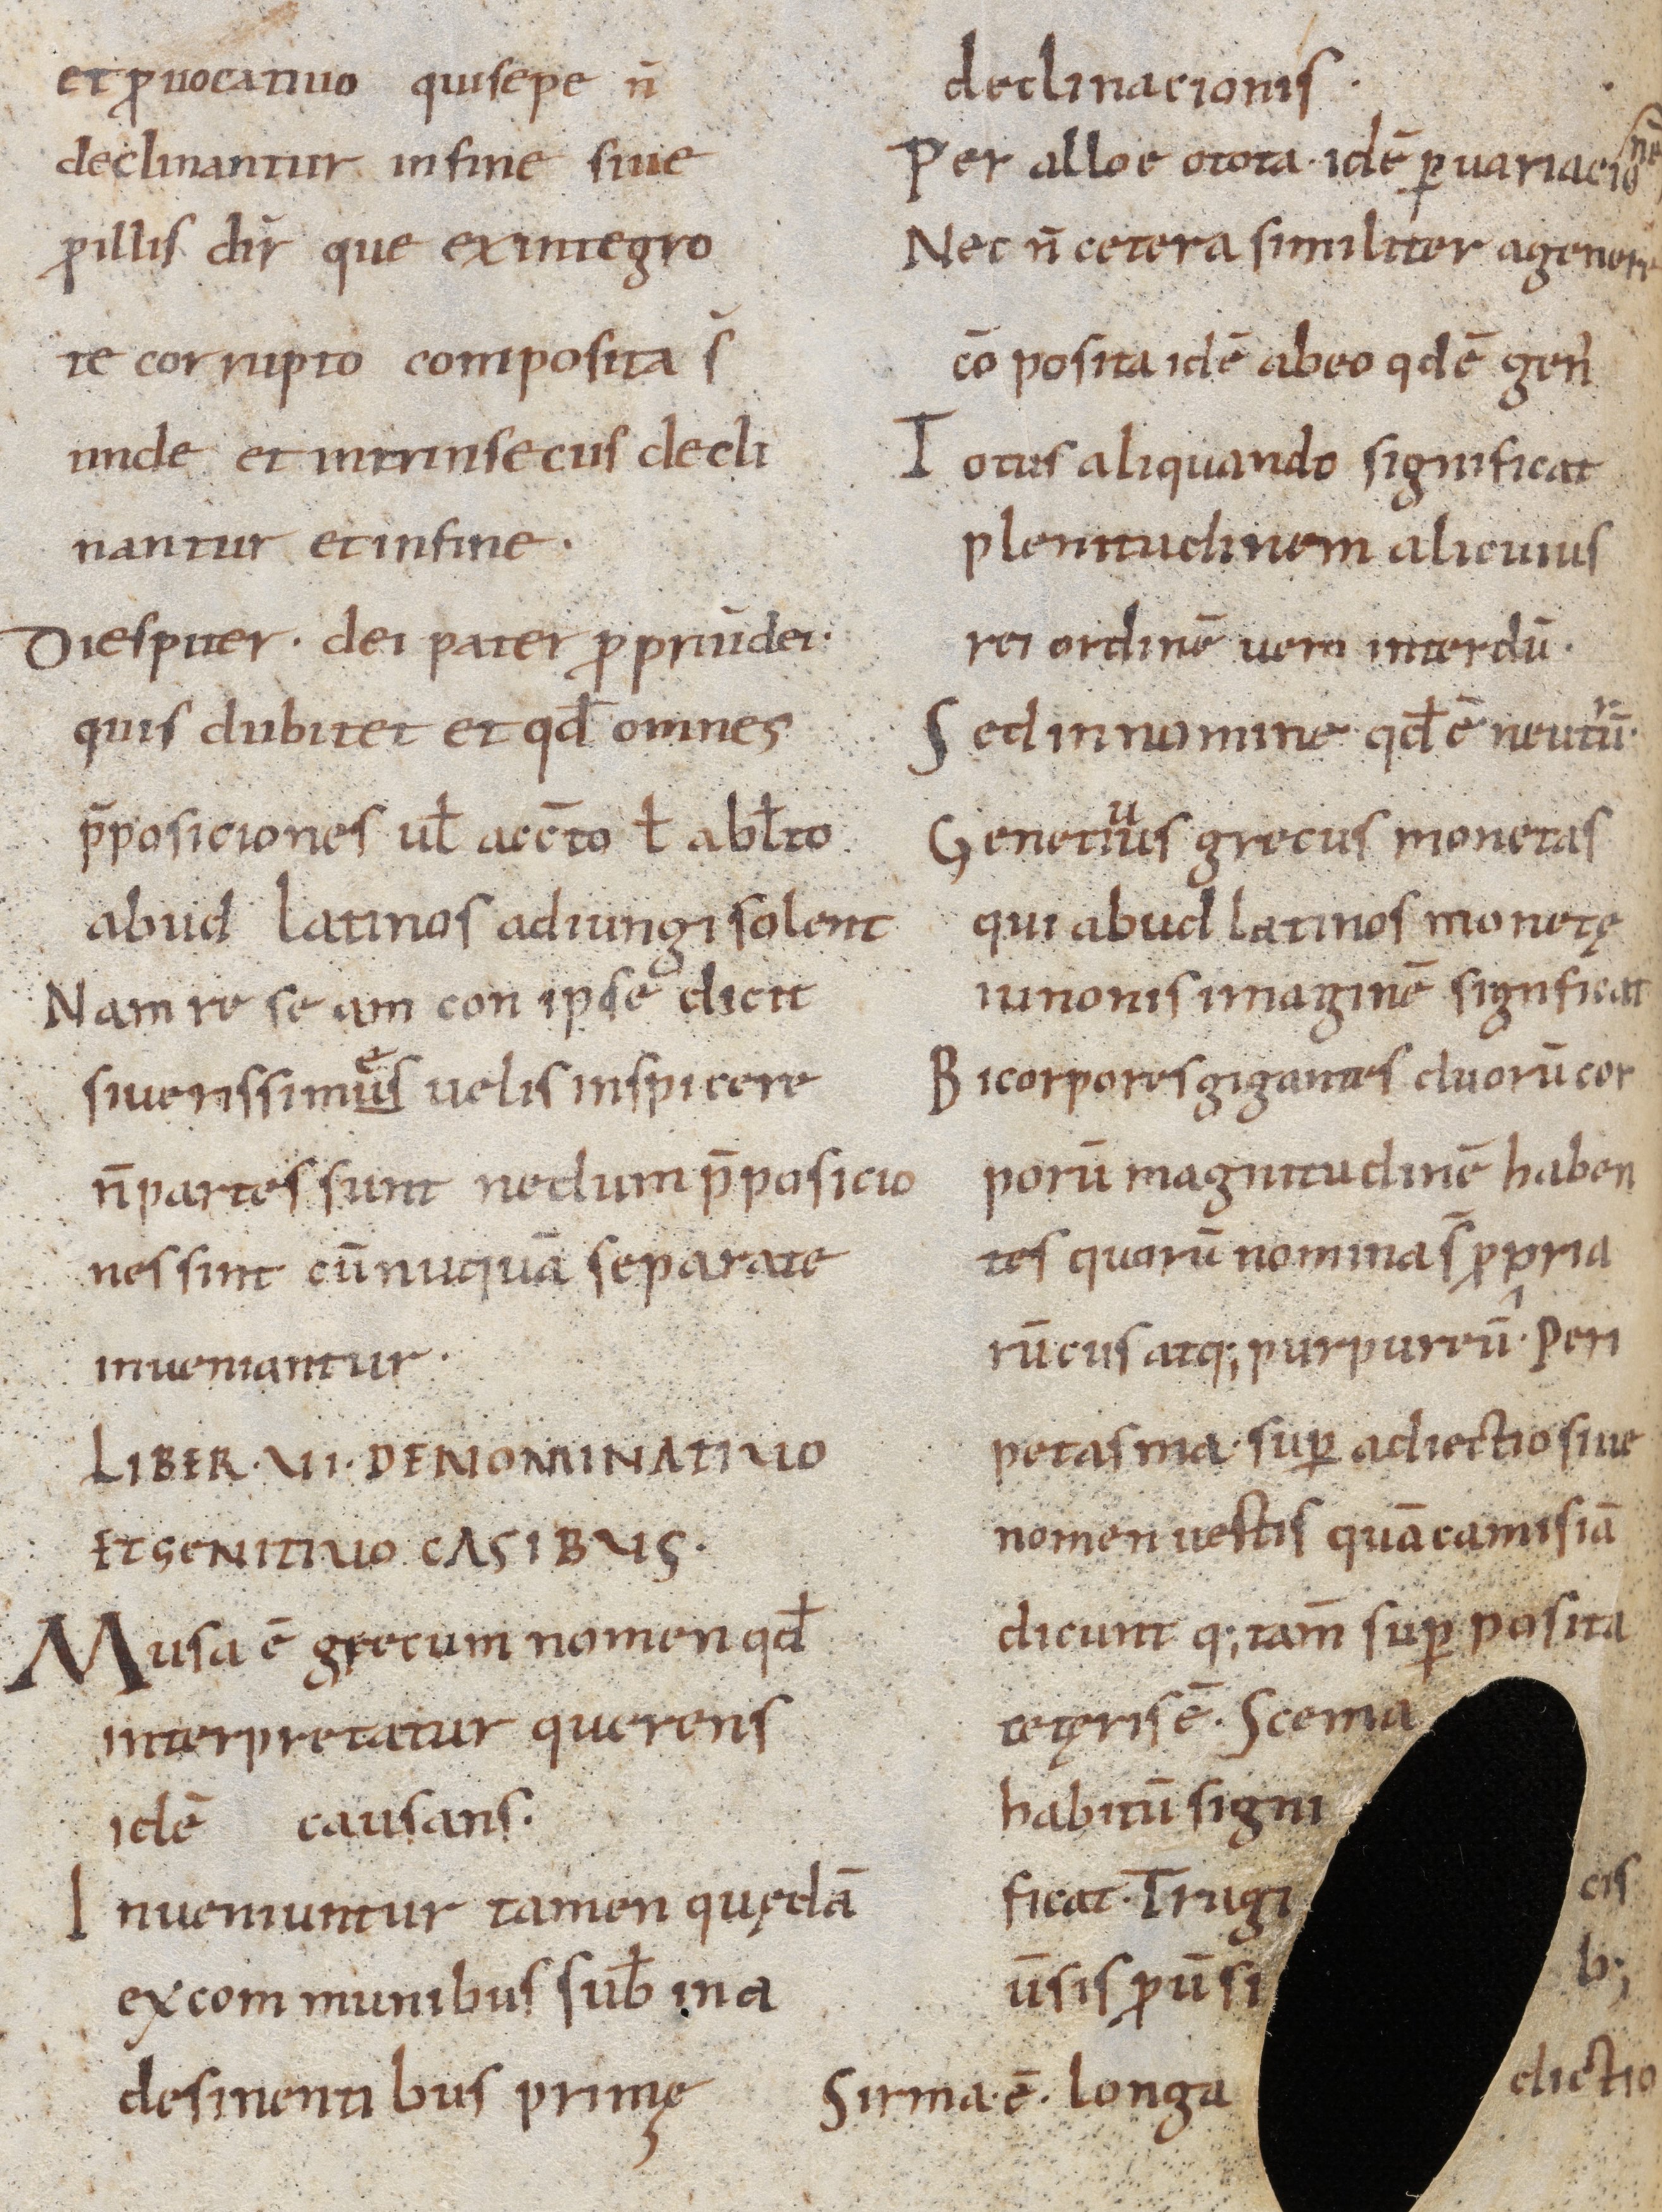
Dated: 900–1199